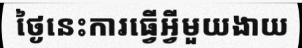
ថ្ងៃនេះការធ្វើអ្វីមួយងាយ